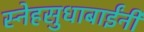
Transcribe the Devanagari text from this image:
स्नेहसुधाबाईंनी